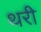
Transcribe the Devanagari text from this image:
थरी